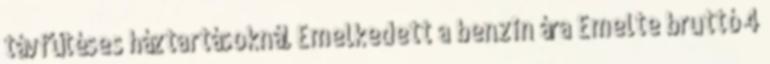
távfűtéses háztartásoknál Emelkedett a benzin ára Emelte bruttó 4